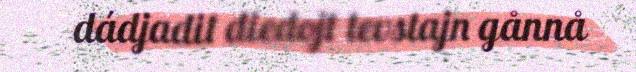
dádjadit diedojt tevstajn gånnå